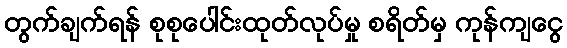
တွက်ချက်ရန် စုစုပေါင်းထုတ်လုပ်မှု စရိတ်မှ ကုန်ကျငွေ